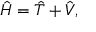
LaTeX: { \hat { H } } = { \hat { T } } + { \hat { V } } ,